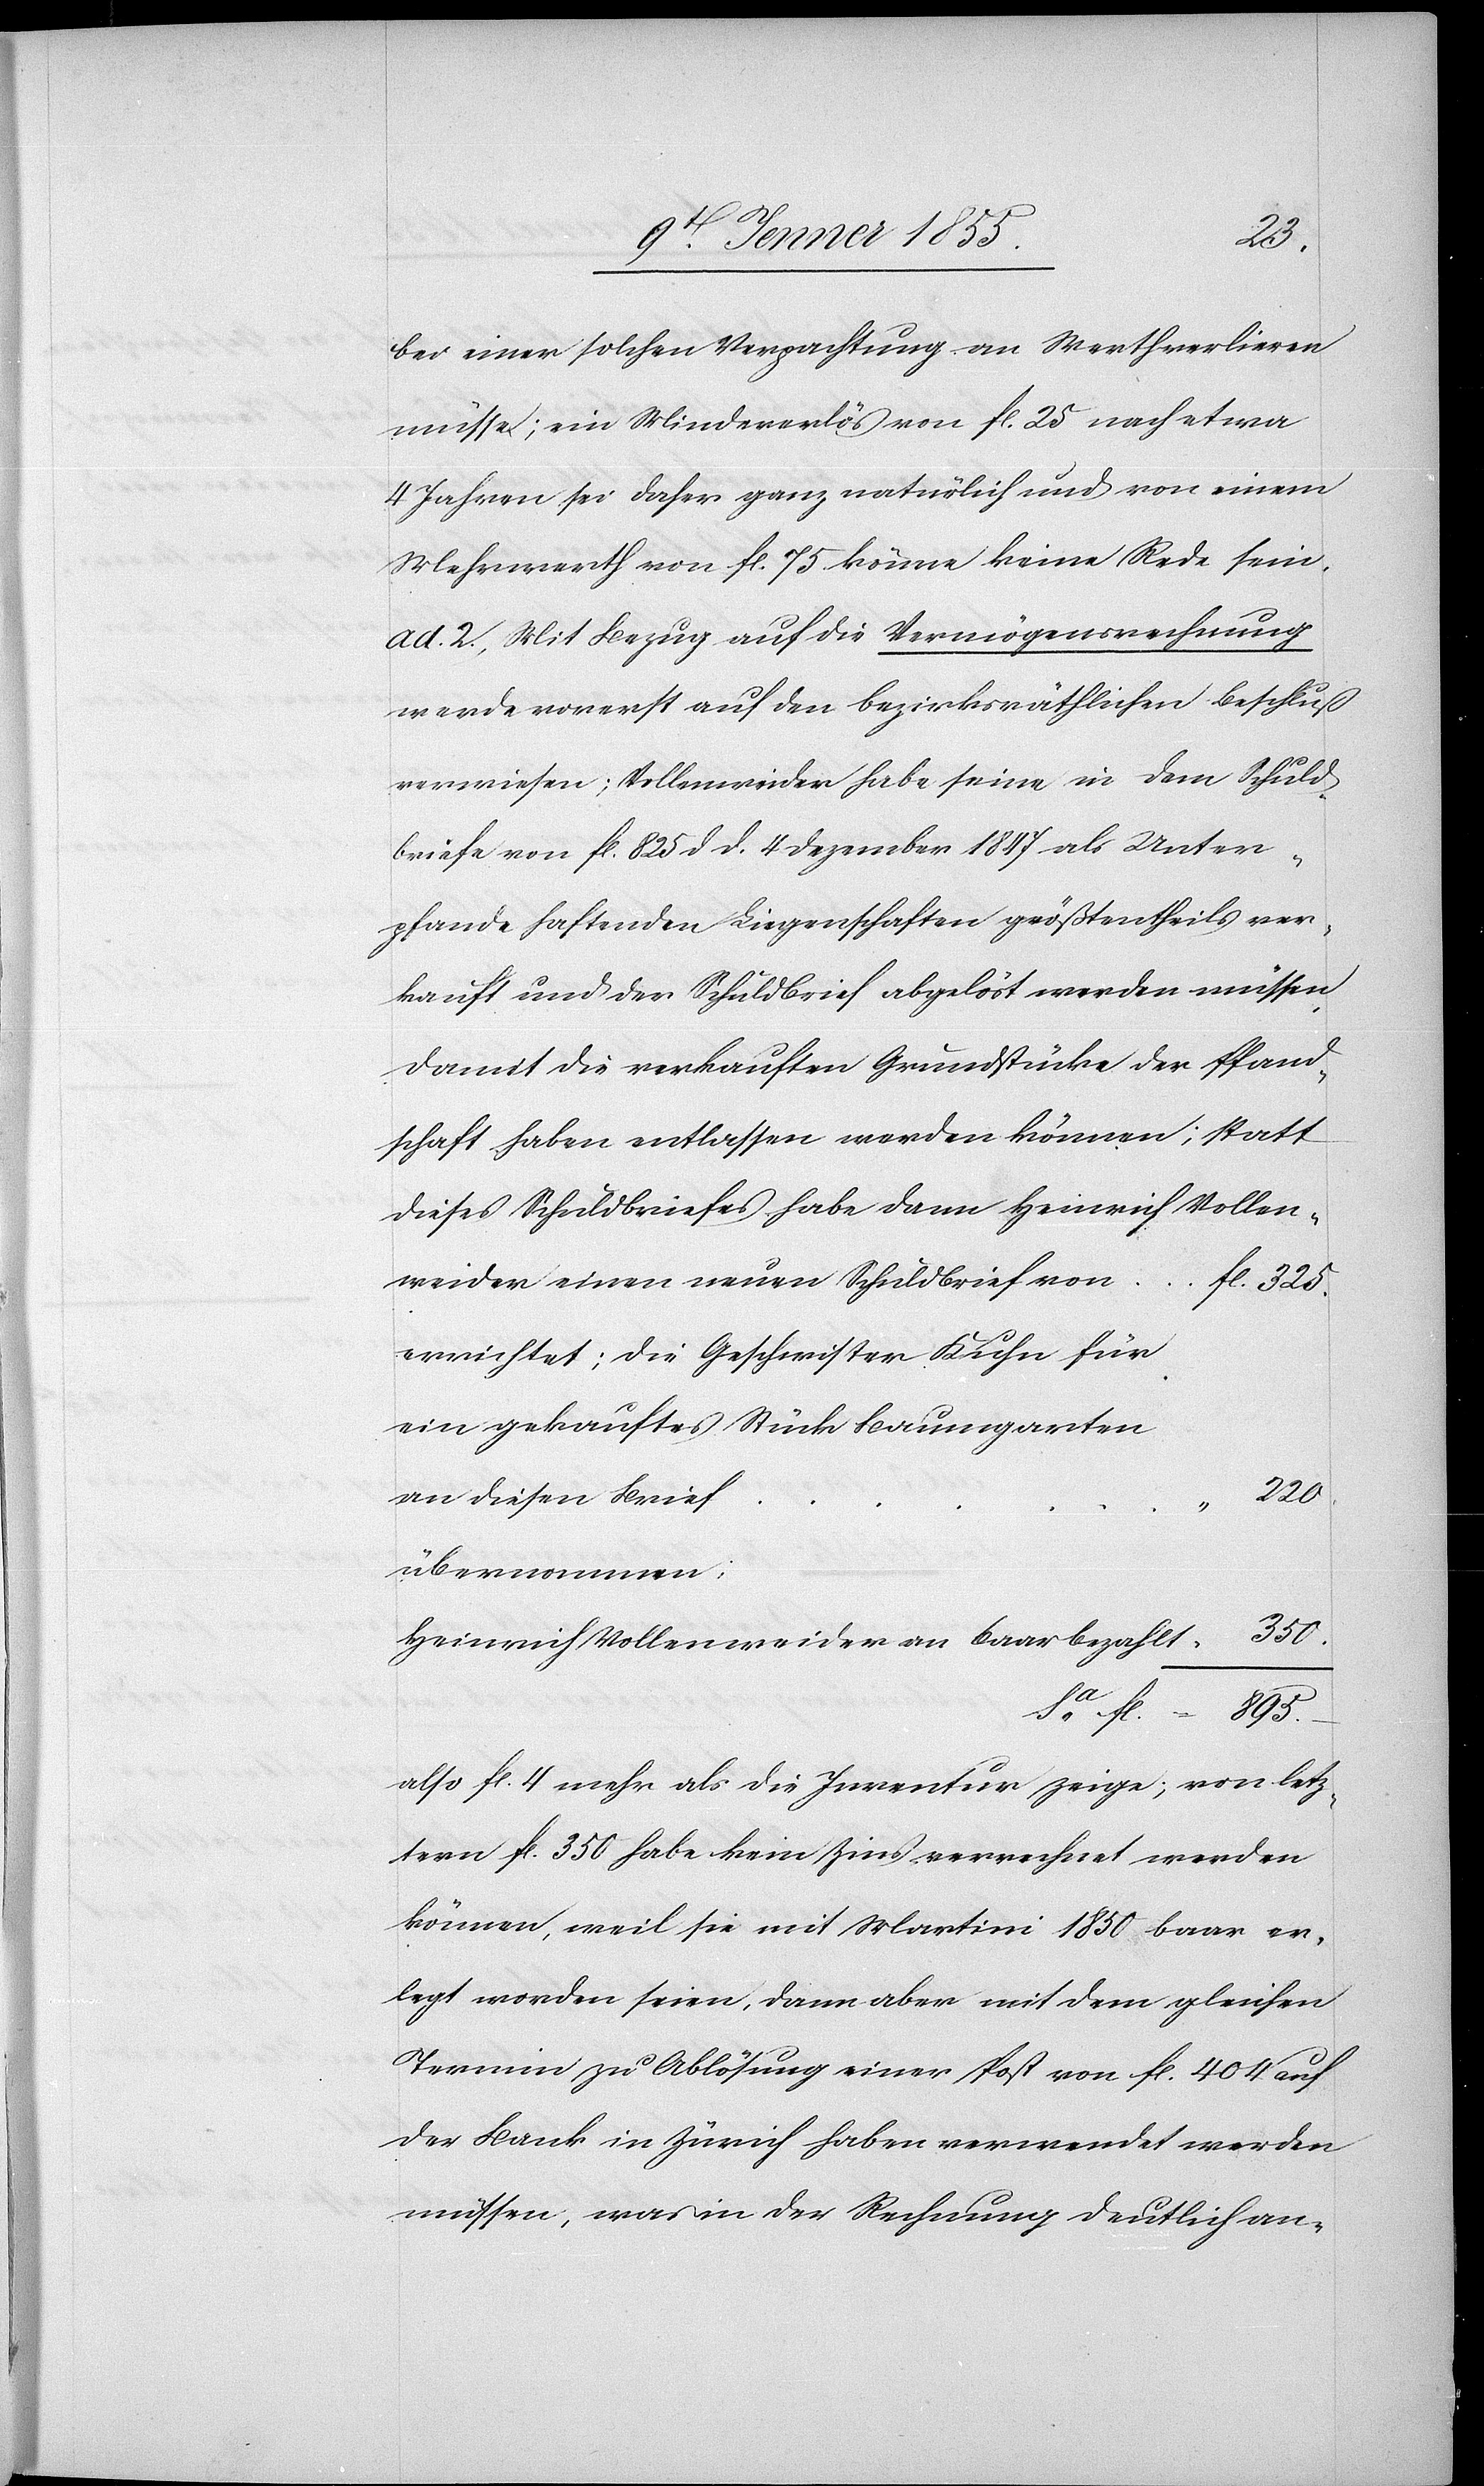
bei einer solchen Verpachtung an Werth verlieren
müsse; ein Mindererlös von fl. 25 nach etwa
4 Jahren sei daher ganz natürlich und von einem
Mehrwerth von fl. 75 könne keine Rede sein.
ad. 2., Mit Bezug auf die Vermögensrechnung
werde vorerst auf den bezirksräthlichen Beschluß
verwiesen; Vollenweider habe seine in dem Schuld¬
briefe von fl. 825 d d. 4 Dezember 1847 als Unter¬
pfande haftenden Liegenschaften größtentheils ver¬
kauft und der Schuldbrief abgelöst werden müssen,
damit die verkauften Grundstücke der Pfand¬
schaft haben entlassen werden können; statt
dieses Schuldbriefes habe dann Heinrich
weider einen neuen Schuldbrief von
Sa. fl.
errichtet; die Geschwister Kuhn für
ein gekauftes Stück Baumgarten
an diesen Brief
“ 350.
übernommen;
Heinrich Vollenweider an baar bezahlt
also fl. 4 mehr als die Inventur zeige; von letz¬
tern fl. 350 habe kein Zins verrechnet werden
können, weil sie mit Martini 1850 baar er¬
legt worden seien, dann aber mit dem gleichen
Termin zu Ablösung einer Post von fl. 404 auf
der Bank in Zürich haben verwendet werden
müssen, was in der Rechnung deutlich an-